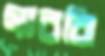
গাররি